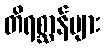
တိရစ္ဆာန်များ